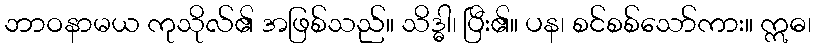
ဘာဝနာမယ ကုသိုလ်၏ အဖြစ်သည်။ သိဒ္ဓါ၊ ပြီး၏။ ပန၊ စင်စစ်သော်ကား။ ဣဓ၊